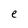
Character: e